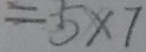
= 5 \times 7